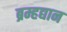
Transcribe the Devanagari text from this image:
ब्रम्हद्यान